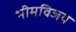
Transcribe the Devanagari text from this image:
भीमविजय